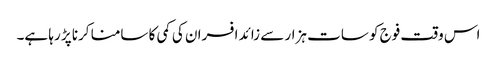
اس وقت فوج کو سات ہزار سے زائد افسران کی کمی کا سامنا کرنا پڑ رہا ہے۔